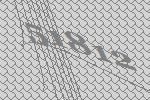
51812